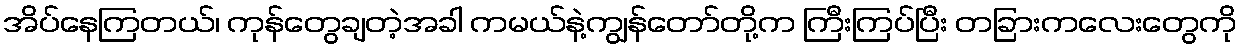
အိပ်နေကြတယ်၊ ကုန်တွေချတဲ့အခါ ကမယ်နဲ့ကျွန်တော်တို့က ကြီးကြပ်ပြီး တခြားကလေးတွေကို